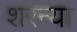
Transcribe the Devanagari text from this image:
शरन्या